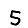
Digit: 5